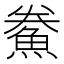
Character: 鮝